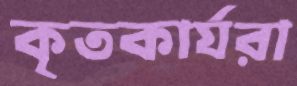
কৃতকার্যরা